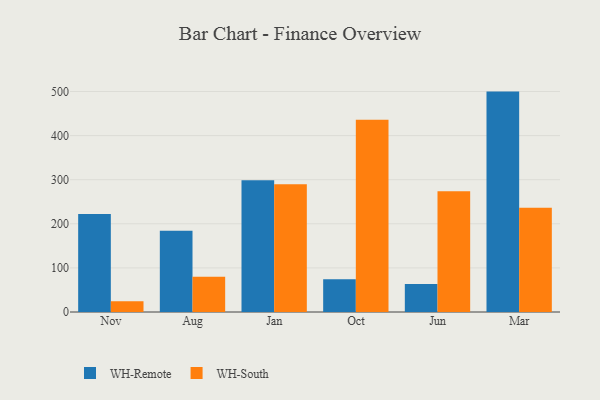
{"axis": {"x": "Month", "y": "Production Output"}, "legend": ["WH-Remote", "WH-South"], "data": [{"x": "Nov", "y": 222.2, "type": "WH-Remote"}, {"x": "Nov", "y": 24.1, "type": "WH-South"}, {"x": "Aug", "y": 184.3, "type": "WH-Remote"}, {"x": "Aug", "y": 79.8, "type": "WH-South"}, {"x": "Jan", "y": 298.8, "type": "WH-Remote"}, {"x": "Jan", "y": 289.7, "type": "WH-South"}, {"x": "Oct", "y": 74.0, "type": "WH-Remote"}, {"x": "Oct", "y": 435.8, "type": "WH-South"}, {"x": "Jun", "y": 63.5, "type": "WH-Remote"}, {"x": "Jun", "y": 273.9, "type": "WH-South"}, {"x": "Mar", "y": 499.8, "type": "WH-Remote"}, {"x": "Mar", "y": 236.2, "type": "WH-South"}]}